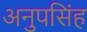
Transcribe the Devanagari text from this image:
अनुपसिंह